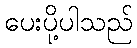
ပေးပို့ပါသည်